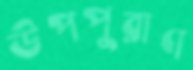
উপপুরাণ